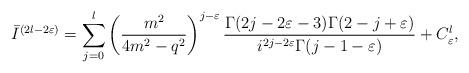
LaTeX: \begin{align*}\bar{I}^{(2l-2\varepsilon)}=\sum_{j=0}^{l}\left(\frac{m^2}{4m^2-q^2}\right)^{j-\varepsilon}\frac{\Gamma(2j-2\varepsilon-3)\Gamma(2-j+\varepsilon)}{i^{2j-2\varepsilon} \Gamma(j-1-\varepsilon)}+C^{l}_{\varepsilon},\end{align*}